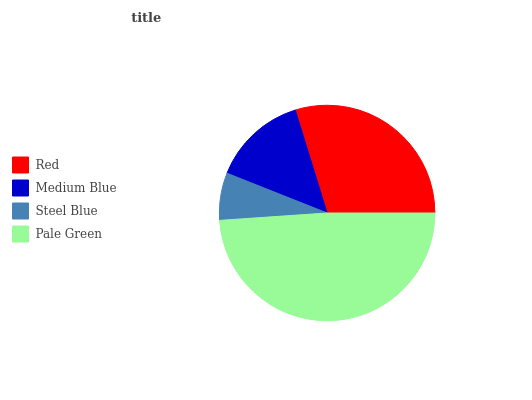
| Red | Medium Blue | Steel Blue | Pale Green |
 | --- | --- | --- | --- |
 | 29.8% | 14.2% | 7.1% | 48.9% |